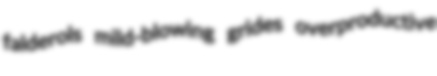
falderols mild-blowing grides overproductive